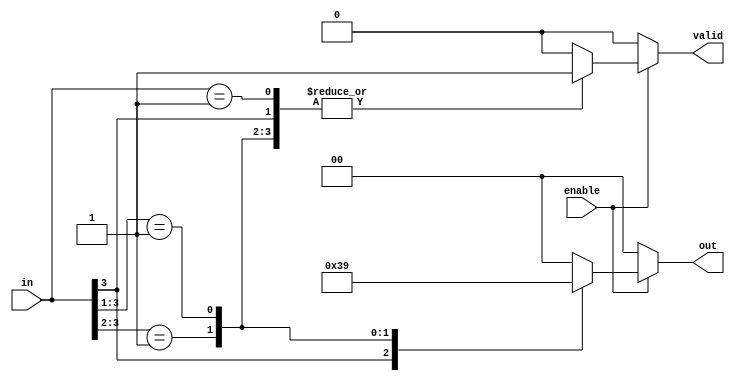
module multilevel_encoder (
    input wire [3:0] in,     // 4 input lines
    input wire enable,        // Enable signal
    output reg [1:0] out,     // 2 output lines
    output reg valid          // Valid output signal
);

    always @(*) begin
        if (enable) begin
            casez (in) // Use casez to handle don't care conditions
                4'b1??? : begin // Input 3 is active
                    out = 2'b11; // Output for input 3
                    valid = 1'b1;
                end
                4'b01?? : begin // Input 2 is active
                    out = 2'b10; // Output for input 2
                    valid = 1'b1;
                end
                4'b001? : begin // Input 1 is active
                    out = 2'b01; // Output for input 1
                    valid = 1'b1;
                end
                4'b0001 : begin // Input 0 is active
                    out = 2'b00; // Output for input 0
                    valid = 1'b1;
                end
                default: begin // No inputs are active
                    out = 2'b00; // Default output (can be adjusted)
                    valid = 1'b0; // Invalid state
                end
            endcase
        end else begin
            out = 2'b00; // When not enabled, output is zero
            valid = 1'b0; // Invalid state
        end
    end

endmodule